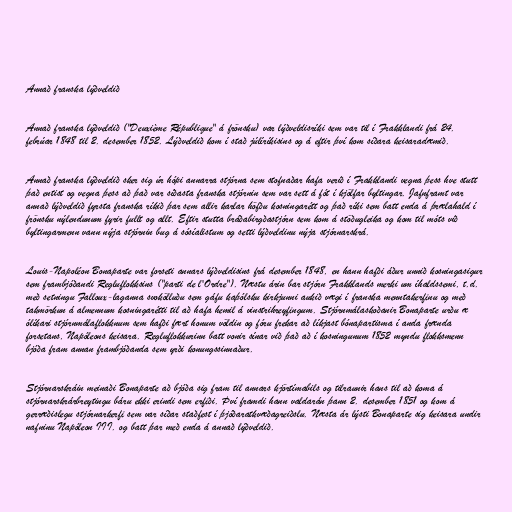
Annað franska lýðveldið

Annað franska lýðveldið ("Deuxième République" á frönsku) var lýðveldisríki sem var til í Frakklandi frá 24.
febrúar 1848 til 2. desember 1852. Lýðveldið kom í stað júlíríkisins og á eftir því kom síðara keisaradæmið.

Annað franska lýðveldið sker sig úr hópi annarra stjórna sem stofnaðar hafa verið í Frakklandi vegna þess hve stutt
það entist og vegna þess að það var síðasta franska stjórnin sem var sett á fót í kjölfar byltingar. Jafnframt var
annað lýðveldið fyrsta franska ríkið þar sem allir karlar höfðu kosningarétt og það ríki sem batt enda á þrælahald í
frönsku nýlendunum fyrir fullt og allt. Eftir stutta bráðabirgðastjórn sem kom á stöðugleika og kom til móts við
byltingarmenn vann nýja stjórnin bug á sósíalistum og setti lýðveldinu nýja stjórnarskrá.

Louis-Napoléon Bonaparte var forseti annars lýðveldisins frá desember 1848, en hann hafði áður unnið kosningasigur
sem frambjóðandi Regluflokksins ("parti de l'Ordre"). Næstu árin bar stjórn Frakklands merki um íhaldssemi, t.d.
með setningu Falloux-laganna svokölluðu sem gáfu kaþólsku kirkjunni aukið vægi í franska menntakerfinu og með
takmörkun á almennum kosningarétti til að hafa hemil á vinstrihreyfingum. Stjórnmálaskoðanir Bonaparte urðu æ
ólíkari stjórnmálaflokknum sem hafði fært honum völdin og fóru frekar að líkjast bónapartisma í anda frænda
forsetans, Napóleons keisara. Regluflokkurinn batt vonir sínar við það að í kosningunum 1852 myndu flokksmenn
bjóða fram annan frambjóðanda sem yrði konungssinnaður.

Stjórnarskráin meinaði Bonaparte að bjóða sig fram til annars kjörtímabils og tilraunir hans til að koma á
stjórnarskrárbreytingu báru ekki erindi sem erfiði. Því framdi hann valdarán þann 2. desember 1851 og kom á
gerræðislegu stjórnarkerfi sem var síðar staðfest í þjóðaratkvæðagreiðslu. Næsta ár lýsti Bonaparte sig keisara undir
nafninu Napóleon III. og batt þar með enda á annað lýðveldið.